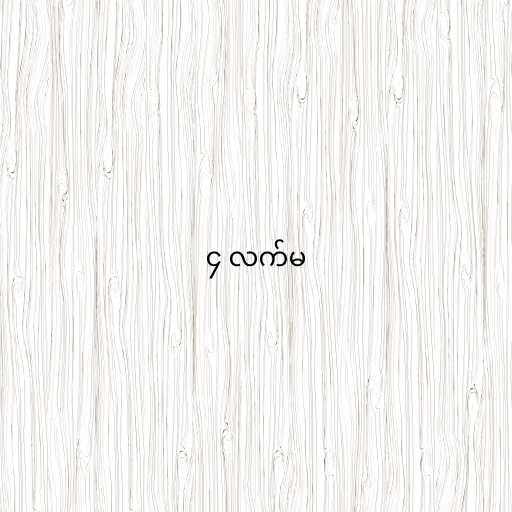
၄ လက်မ